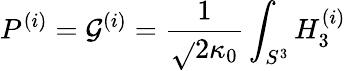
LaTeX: P^{(i)}=\mathcal{G}^{(i)}=\frac{{1}}{{\sqrt{}{{2}}\kappa_{0}}}\int_{S^{3}}H_{3}^{(i)}